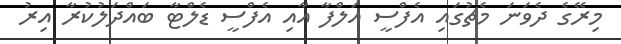
މިރޭގެ ދެވަނަ މެޗުގައި އެފްސީ އަލްފާ އާއި އެފްސީ ޑެލްޓާ ބައްދަލުކުރާ އިރު